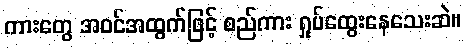
ကားတွေ အဝင်အထွက်ဖြင့် စည်ကား ရှုပ်ထွေးနေသေးဆဲ။